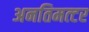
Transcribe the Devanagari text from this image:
अनतिमत्टर